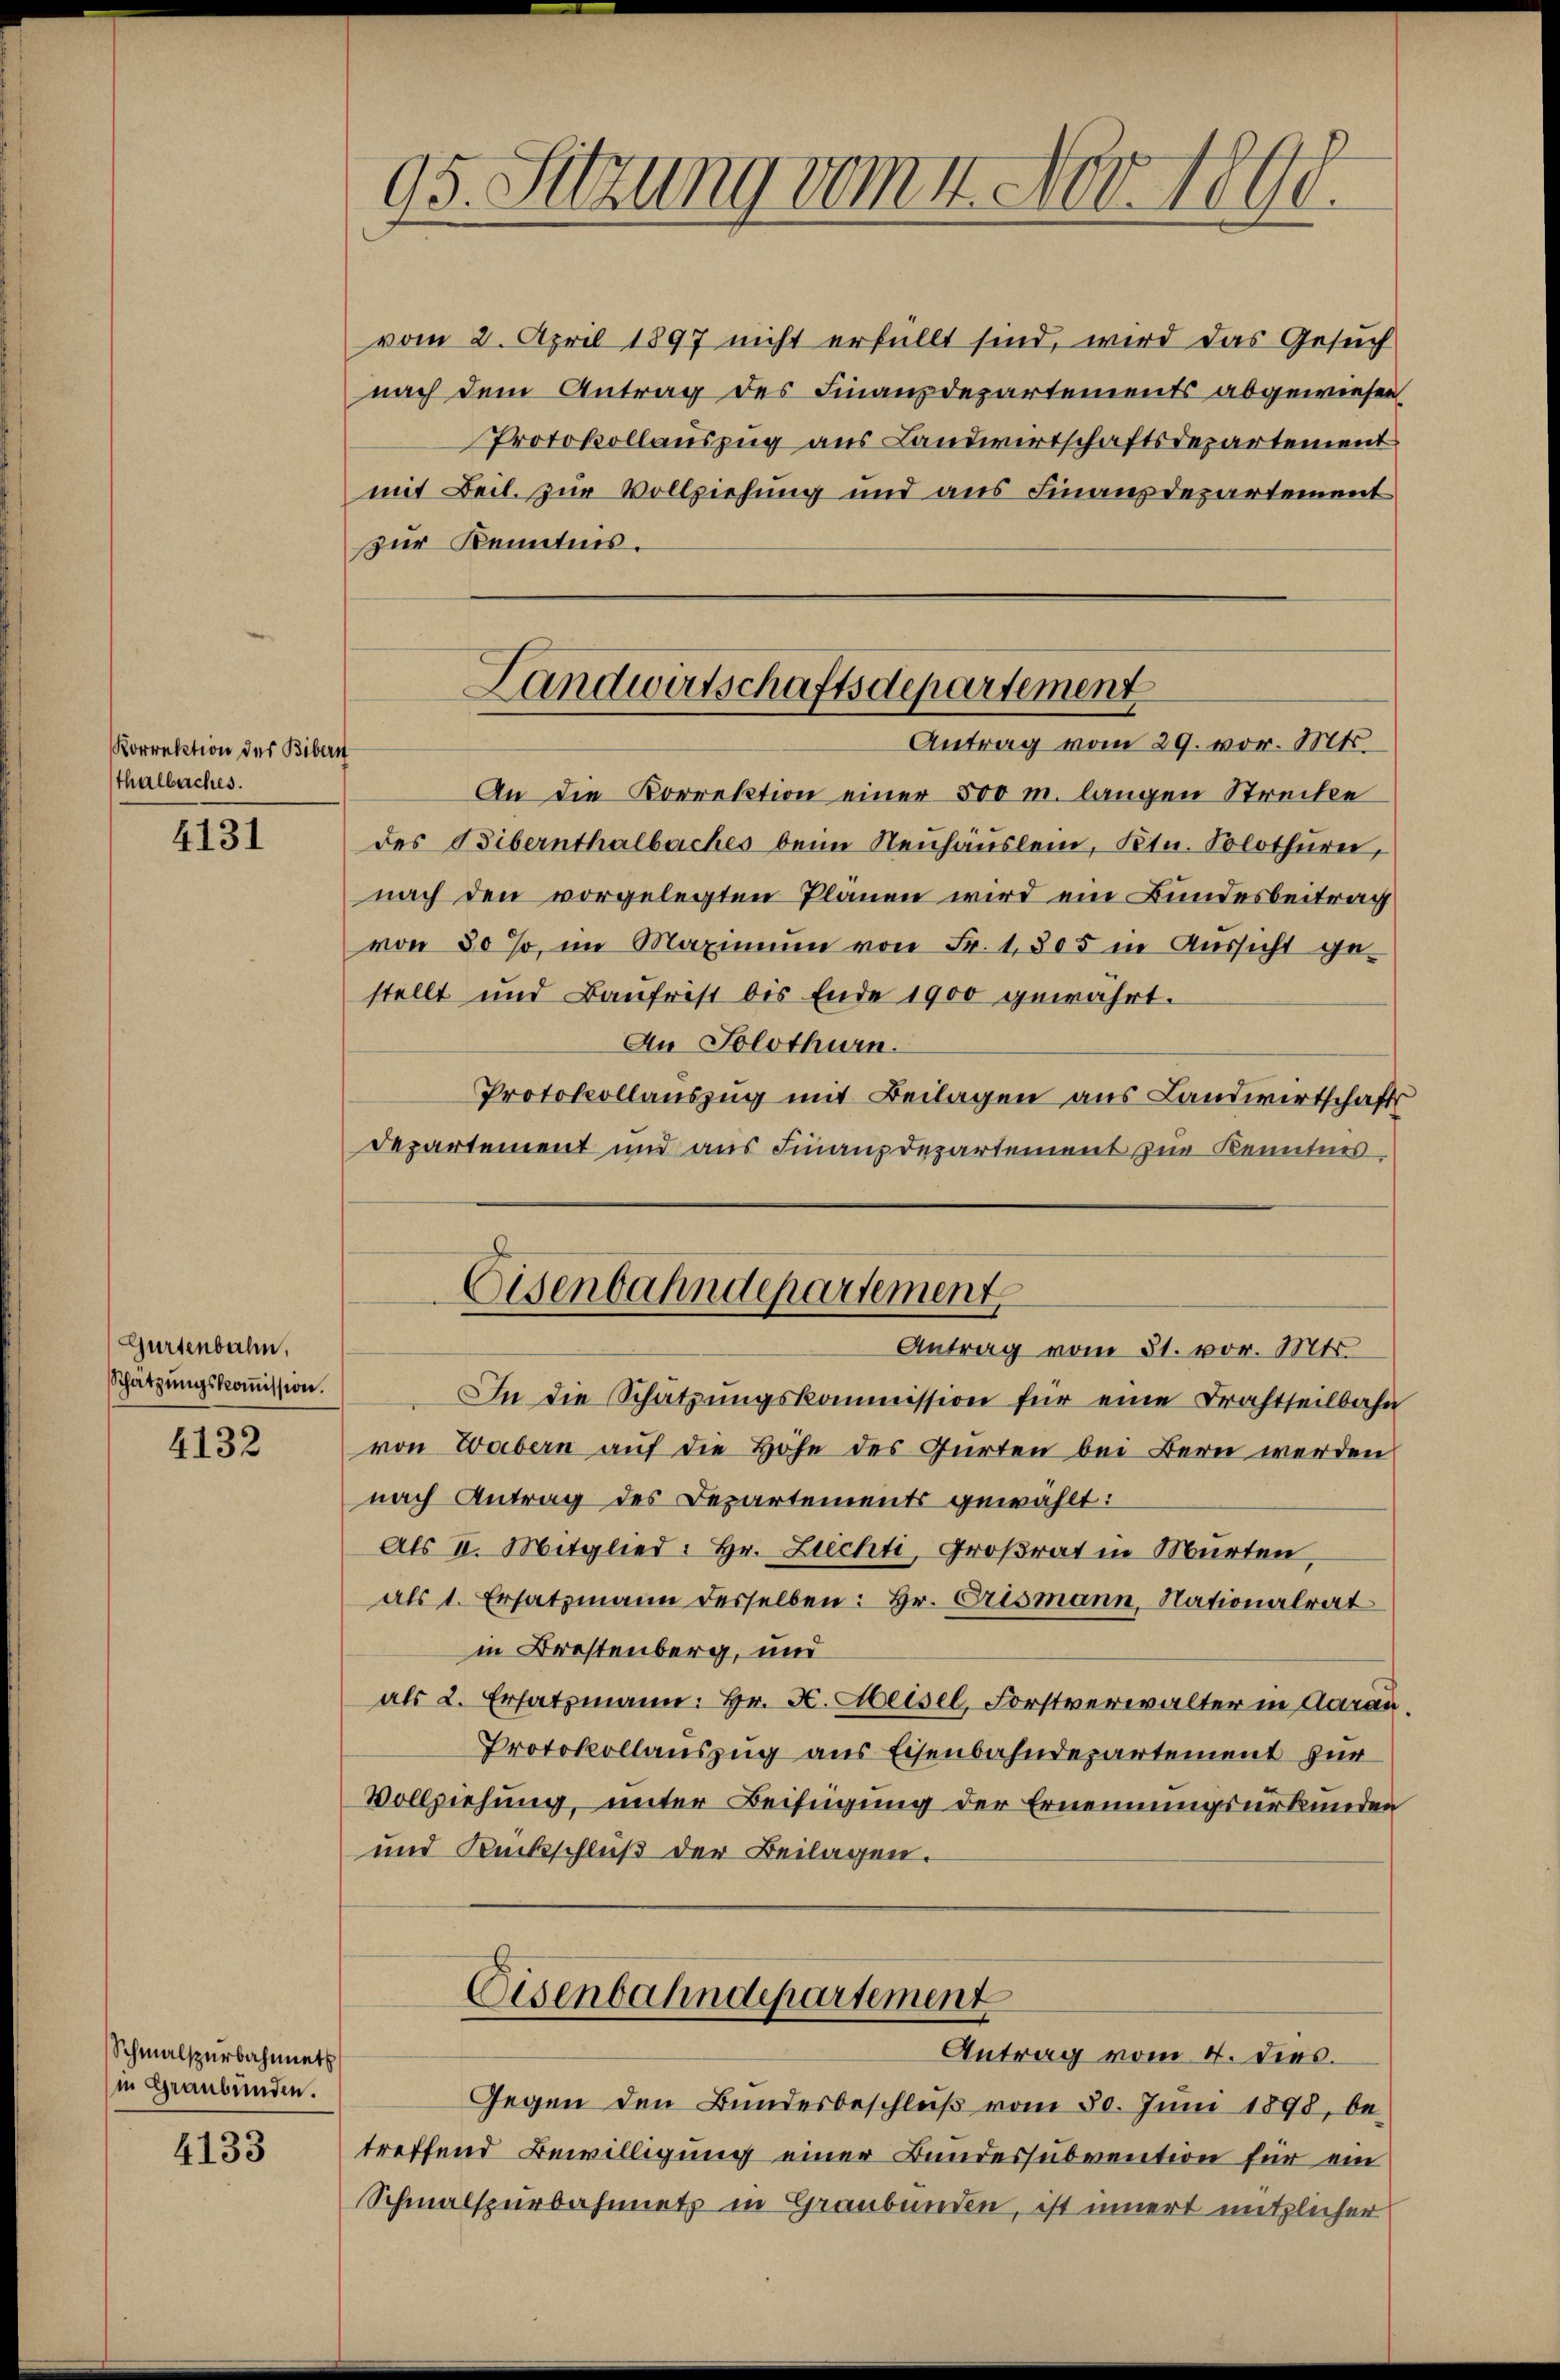
Korrektion des Bibern
thalbuches.

4131

Gurtenbahn,
Schatzungskoṁission.

4132

Schmalspurbahnneth
in Graubünden.

4133

95. Sitzung vom 4. Nov. 1890

mit Beil. zur Vollziehung und aus Finanzdepartement
zur Kenntnis.
An die Korrektion einer 500 m. langen Streite
des Bibernthalbaches beim Neuhauslein, Ktn. Solothurn,
nach den vorgelegten Planen wird ein Bundesbeitrag
von 80 %, im Maximum von Fr. 1305 in Aussicht gestellt und Baufrist bis Ende 1900 gewährt.
An Solothurn.
Protokollauszug mit Beilagen aus Landwirtschafts
Departement und aus Finanzdepartement zur Kenntnis
Eisenbahndepartement
Antrag vom 31. vor. Mts.
In die Schätzungskommission für eine Brachtteilbahn
von Wabern auf die Höhe des Gürten bei Bern werden
nach Antrag des Departements gewählt:
Als II. Mitglied: Hr. Ziechti, Großrat in Murten,
als 1. Ersatzmann desselben: Hr. Crismann, Nationalrat
in Brestenberg, und
als 2. Ersatzmann: Hr. H. Heisel, Forstverwalter in Aarau
Protokollauszug aus Eisenbahndepartement für
Vollziehung, unter Beifügung der Ernennungsurkunden
und Rückschluß der Beilagen.

Landwirtschaftsdepartement
Antrag vom 29. vor. Mts.

vom 2. April 1897 nicht erfüllt sind, wird das Gesuch
nach dem Antrag des Finanzdepartements abgewiesen
Protokollauszug aus Landwirtschaftsdepartement

Eisenbahndepartement
Antrag vom 4. dies.

Gegen den Bundesbeschluß vom 30. Juni 1898, be-
treffend Bewilligung einer Bundessubvention für ein
Schmalspürbahnnetz in Graubünden, ist innert nützlicher